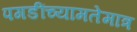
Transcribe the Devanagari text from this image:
पगडींच्यामतेमात्र